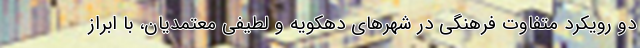
دو رویکرد متفاوت فرهنگی در شهرهای دهکویه و لطیفی معتمدیان، با ابراز